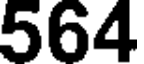
564